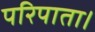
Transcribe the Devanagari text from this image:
परिपाता।